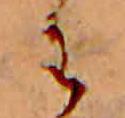
わ